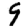
Digit: 9